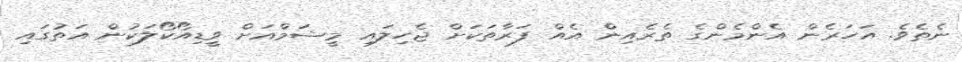
ނެތެވެ. އަހަރެން އެންމެންގެ ތެރެއިން އެއް ފަރާތަކަށް ޖެހިލައި މީޝަމްއަށް ވީޑިއޯކޯލަކުން އަތުގައި